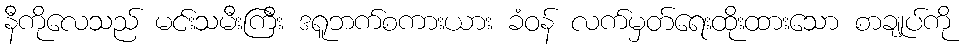
နီကိုလေသည် မင်းသမီးကြီး ဒရူဘက်စကားယား ခံဝန် လက်မှတ်ရေးထိုးထားသော စာချုပ်ကို